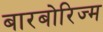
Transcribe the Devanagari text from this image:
बारबोरिज्म